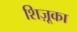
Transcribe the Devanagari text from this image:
शिज़ूका